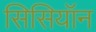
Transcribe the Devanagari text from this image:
सिसियॉन